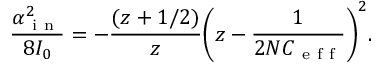
\frac { \alpha _ { \mathrm { ~ i ~ n ~ } } ^ { 2 } } { 8 I _ { 0 } } = - \frac { ( z + 1 / 2 ) } { z } \bigg ( z - \frac { 1 } { 2 N C _ { \mathrm { ~ e ~ f ~ f ~ } } } \bigg ) ^ { 2 } .